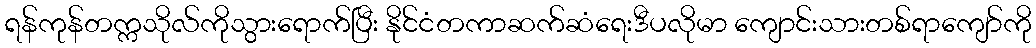
ရန်ကုန်တက္ကသိုလ်ကိုသွားရောက်ပြီး နိုင်ငံတကာဆက်ဆံရေးဒီပလိုမာ ကျောင်းသားတစ်ရာကျော်ကို